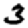
Digit: 3